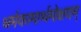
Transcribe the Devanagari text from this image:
धर्मकामार्थमोक्षदम्